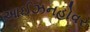
આઈઝનહોવર